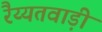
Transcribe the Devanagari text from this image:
रैय्यतवाड़ी